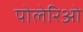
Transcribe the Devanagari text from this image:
पोलेरिओ